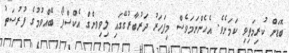
ބޮޑަށް ކުރިމަތިވި ކަމަށެވެ. އެހެންނަމަވެސް މިފަހަރު ދަރުބާރުގޭގައި ލިވިވންގް އެކްސްޕޯ ބޭއްވުމުގެ ފުރުސަތު